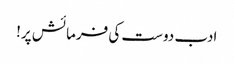
ادب دوست کی فرمائش پر!